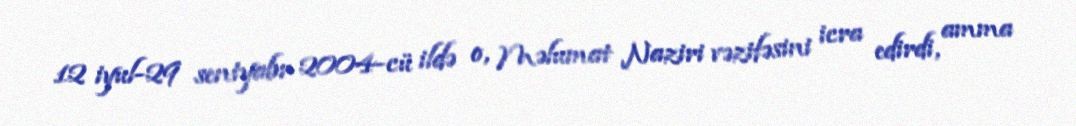
12 iyul-29 sentyabr 2004-cü ildə o, Məlumat Naziri vəzifəsini icra edirdi, amma